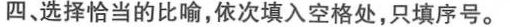
四、选择恰当的比喻，依次填入空格处，只填序号。